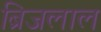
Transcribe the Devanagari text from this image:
ब्रिजलाल